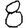
Digit: 8